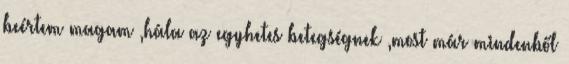
beértem magam ,hála az egyhetes betegségnek ,most már mindenből